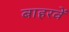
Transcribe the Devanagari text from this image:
बाहरवें